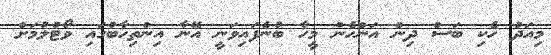
މިއަދު ހެކި ބަސް ދިން އަންހެން މީހާ ބުނެފައިވަނީ އޭނާ އިންތިހާބުގައި ވޯޓުލުމަށް